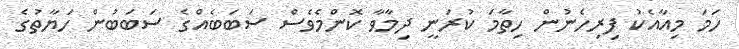
ހަމަ މިއާއެކު ފިރިހެނުން ހިތާމަ ކުރަނީ ދިމާވާ ކޮންމެވެސް ސަބަބެއްގެ ސަބަބުން ހަޔާތުގެ